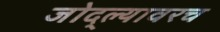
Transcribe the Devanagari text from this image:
जोद्ल्यावरच